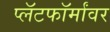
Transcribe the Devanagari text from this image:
प्लॅटफॉर्मांवर